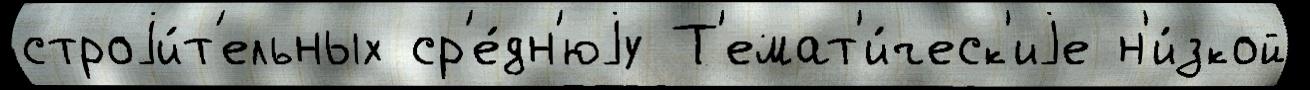
строjи́т'ельных ср'е́дн'юjу Т'емат'и́ческ'иjе н'и́зкой